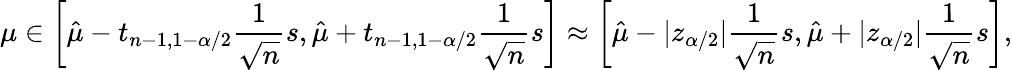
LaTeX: \mu\in\left[{\hat{\mu}}-t_{n-1,1-\alpha/2}{\frac{1}{\sqrt{n}}}s,{\hat{\mu}}+t_{n-1,1-\alpha/2}{\frac{1}{\sqrt{n}}}s\right]\approx\left[{\hat{\mu}}-|z_{\alpha/2}|{\frac{1}{\sqrt{n}}}s,{\hat{\mu}}+|z_{\alpha/2}|{\frac{1}{\sqrt{n}}}s\right],